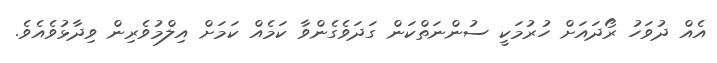
އެއް ދުވަހު ރޯދައަށް ހުރުމަކީ ސުންނަތްކަން ގަދަވެގެންވާ ކަމެއް ކަމަށް އިލްމުވެރިން ވިދާޅުވެއެވެ.